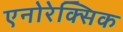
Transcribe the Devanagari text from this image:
एनोरेक्सिक